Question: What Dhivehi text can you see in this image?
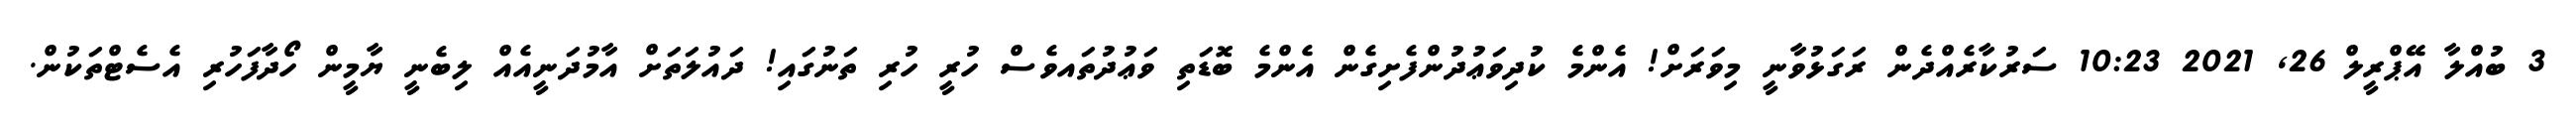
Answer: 3 ބުއްލާ އޭޕްރީލް 26, 2021 10:23 ސަރުކާރެއްދެން ރަގަޅުވާނީ މިވަރަށް! އެންމެ ކުދިވަޢުދުންފެށިގެން އެންމެ ބޮޑަތި ވަޢުދުތައވެސް ހުރީ ހުރި ތަނުގައި! ދައުލަތަށް އާމުދަނީއެއް ލިބެނީ ޔާމީން ހޯދާފަހުރި އެސެޓްތަކުން.